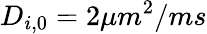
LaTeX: D_{i,0}=2\mu m^{2}/ms